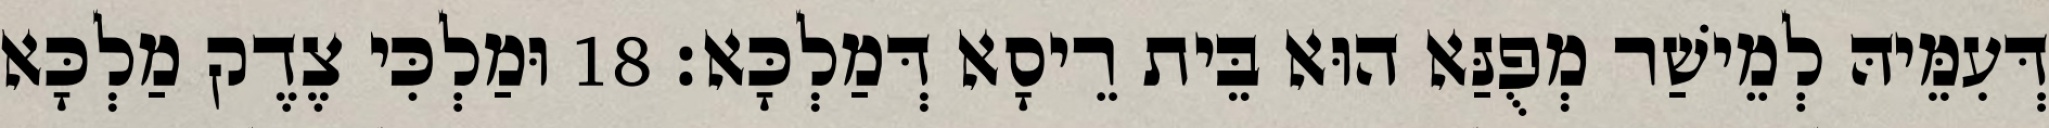
דְּעִמֵּיהּ לְמֵישַׁר מְפֻנַּא הוּא בֵּית רֵיסָא דְּמַלְכָּא׃ 18 וּמַלְכִּי צֶדֶק מַלְכָּא